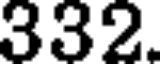
332.